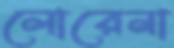
লোরেনা